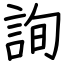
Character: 詢